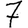
Digit: 7